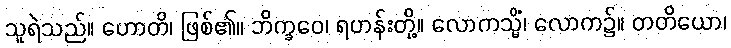
သူရဲသည်။ ဟောတိ၊ ဖြစ်၏။ ဘိက္ခဝေ၊ ရဟန်းတို့။ လောကသ္မိံ၊ လောက၌။ တတိယော၊